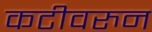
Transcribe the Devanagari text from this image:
कटीवरुन